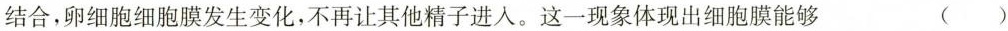
结合，卵细胞细胞膜发生变化，不再让其他精子进入。这一现象体现出细胞膜能够（）